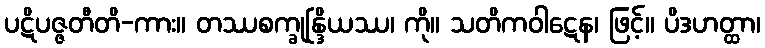
ပဋိပဇ္ဇတီတိ-ကား။ တဿစက္ခုန္ဒြိယဿ၊ ကို။ သတိကဝါဋေန၊ ဖြင့်။ ပိဒဟတ္ထာ၊